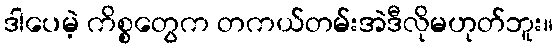
ဒါပေမဲ့ ကိစ္စတွေက တကယ်တမ်းအဲဒီလိုမဟုတ်ဘူး။